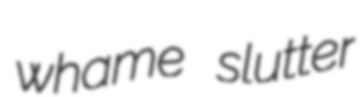
whame slutter